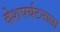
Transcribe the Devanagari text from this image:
देशपर्यटनाला